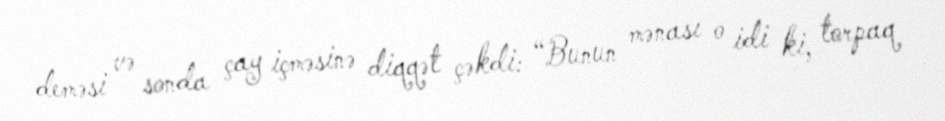
deməsi və sonda çay içməsinə diqqət çəkdi: “Bunun mənası o idi ki, torpaq